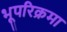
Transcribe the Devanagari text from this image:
भूपरिक्रमा